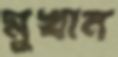
মুখান